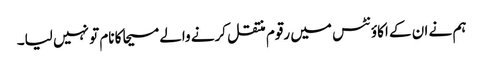
ہم نے ان کے اکاؤنٹس میں رقوم منتقل کرنے والے مسیحا کا نام تو نہیں لیا۔